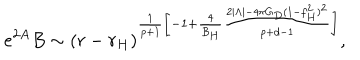
e ^ { 2 A } B \sim ( r - r _ { H } ) ^ { \frac { 1 } { p + 1 } \left[ - 1 + \frac { 4 } { B _ { H } } \frac { 2 | \Lambda | - 4 \pi G _ { D } ( 1 - f _ { H } ^ { 2 } ) ^ { 2 } } { p + d - 1 } \right] } ,